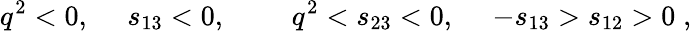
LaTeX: q^{2}<0,\; \quad s_{13}<0,\; \qquad q^{2}<s_{23}<0,\; \quad-s_{13}>s_{12}>0\; ,